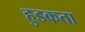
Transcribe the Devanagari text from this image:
हुडकता